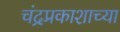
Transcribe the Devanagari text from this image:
चंद्रप्रकाशाच्या